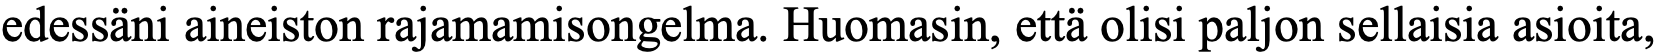
edessäni aineiston rajamamisongelma. Huomasin, että olisi paljon sellaisia asioita,